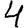
Digit: 4